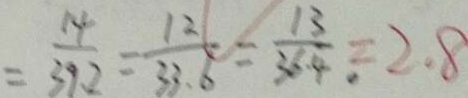
= \frac { 1 4 } { 3 9 . 2 } = \frac { 1 2 } { 3 3 . 6 } = \frac { 1 3 } { 3 6 . 4 } = 2 . 8